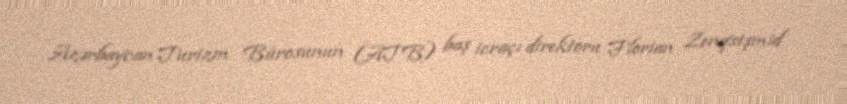
Azərbaycan Turizm Bürosunun (ATB) baş icraçı direktoru Florian Zenqstşmid